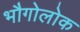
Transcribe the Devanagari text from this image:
भौगोलोक